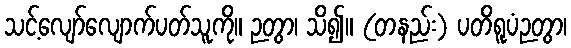
သင့်လျော်လျောက်ပတ်သူကို။ ဉတွာ၊ သိ၍။ (တနည်း) ပတိရူပံဉတွာ၊